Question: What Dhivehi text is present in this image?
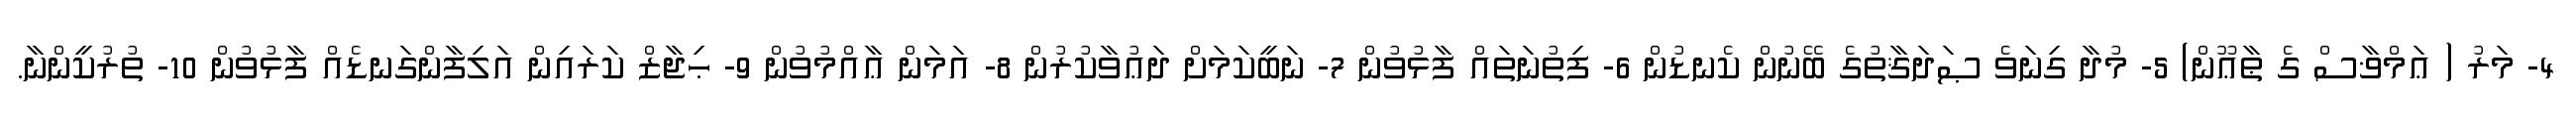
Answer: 4- މަރު ( ޢަމްޥާސް ގެ ޠާޢޫން) 5- މުދާ ގިނަވެ ޞަދަޤާތުގެ ބޭނުން ކެނޑުން 6- ފިތުނަތައް ފާޅުވުން 7- ނަބީކަމަށް ދަޢުވާކުރުން 8- އަމަން ޢާއްމުވުން 9- ޙިޖާޒް ކަރައިން އަލިފާންގަނޑެއް ފާޅުވުން 10- ތުރުކީންނާ.